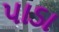
પાડા